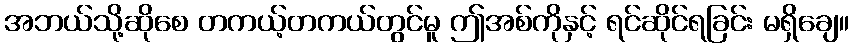
အဘယ်သို့ဆိုစေ တကယ့်တကယ်တွင်မူ ဤအစ်ကိုနှင့် ရင်ဆိုင်ရခြင်း မရှိချေ။